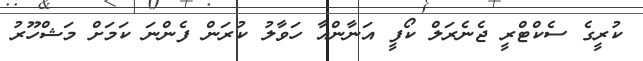
ކުރީގެ ސެކްޓްރީ ޖެނެރަލް ކޯފީ އަނާންއާ ހަވާލު ކުރަން ފެންނަ ކަމަށް މަޝްހޫރު